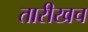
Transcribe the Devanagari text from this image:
तारीखच